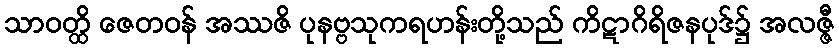
သာဝတ္ထိ ဇေတဝန် အဿဇိ ပုနဗ္ဗသုကရဟန်းတို့သည် ကိဋာဂိရိဇနပုဒ်၌ အလဇ္ဇီ